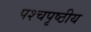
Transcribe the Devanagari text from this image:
पश्चपृष्ठीय